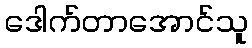
ဒေါက်တာအောင်သူ